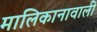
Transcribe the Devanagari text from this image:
मालिकानावाली